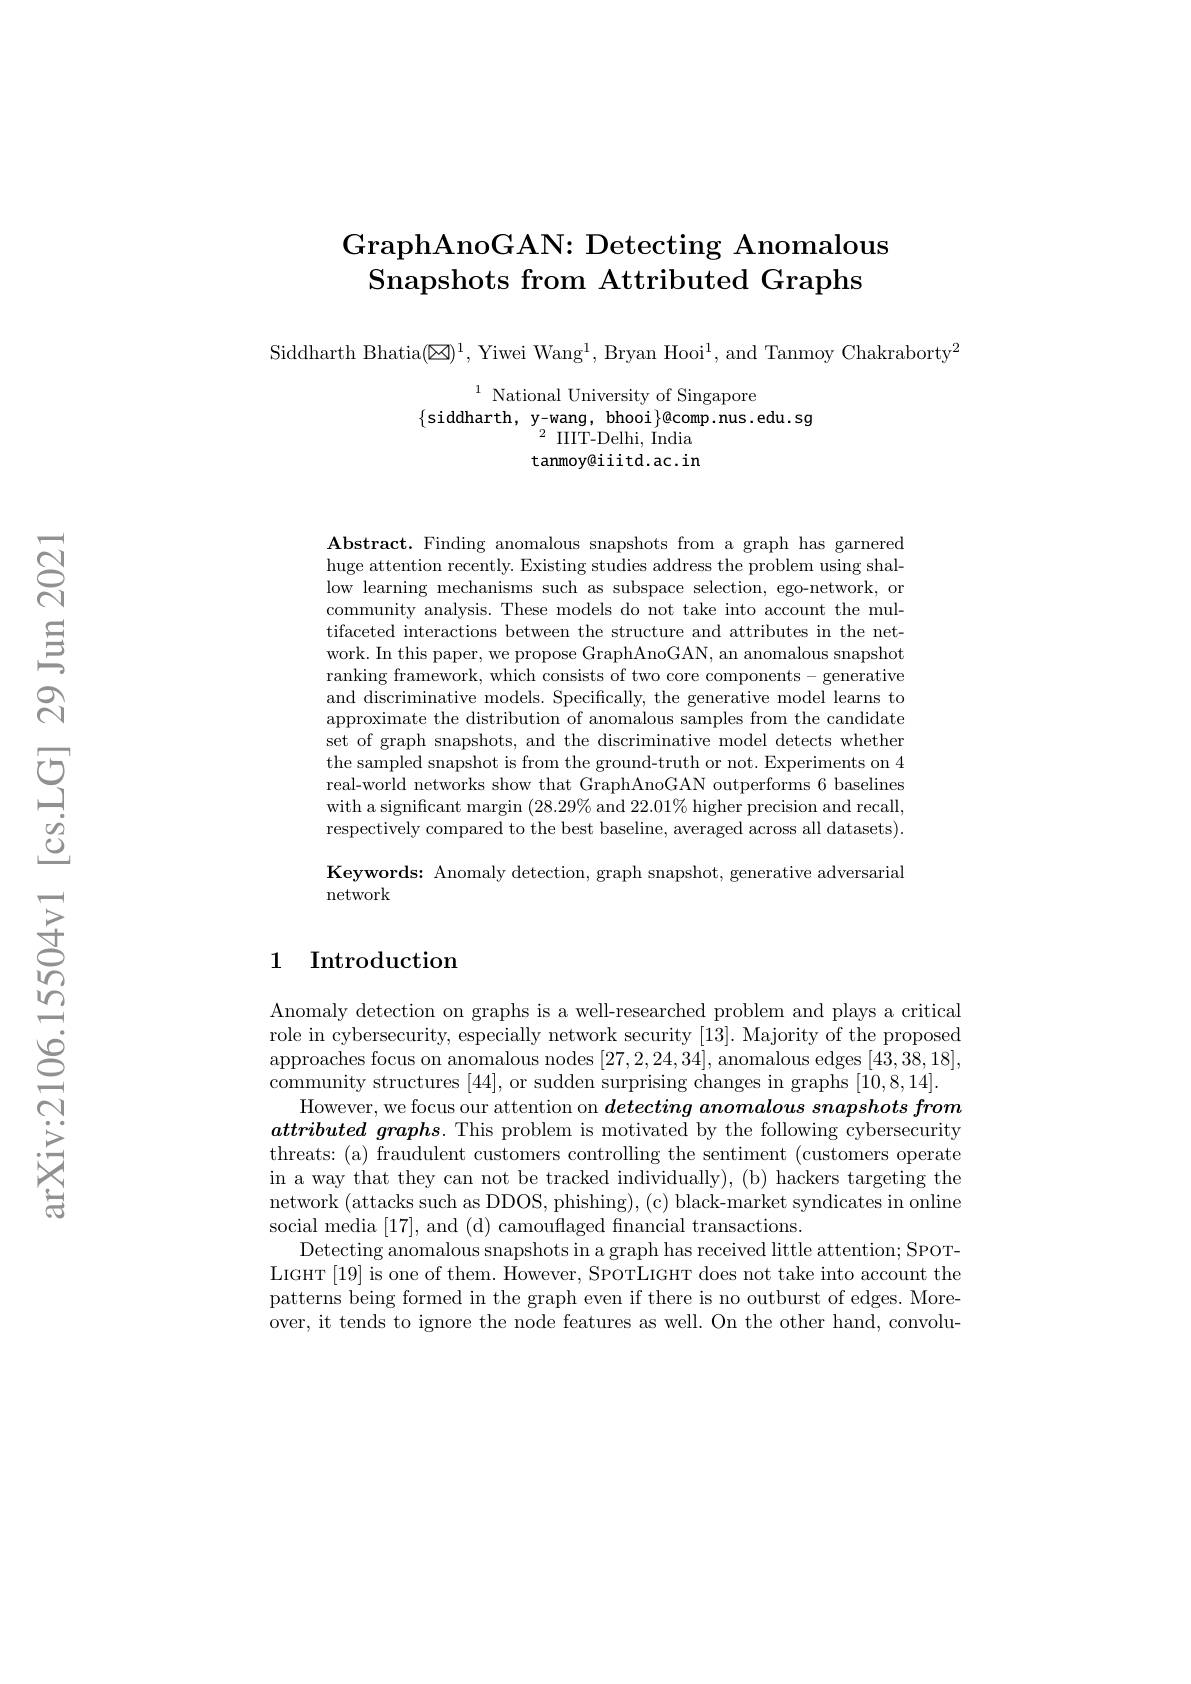
## GraphAnoGAN: Detecting Anomalous Snapshots from Attributed Graphs

Siddharth Bhatia$(\boxtimes)^1$, Yiwei Wang$^1,\text{Bryan Hooi}^1$, and Tanmoy Chakraborty$^2$

$\{$siddharth, y-wang, bhooi$\}$@comp.nus.edu.sg$\{$siddharth, y-wang, bhooi$\}$@comp.nus.edu.sg$\{$siddharth, y-wang, bhooi$\}$@comp.nus.edu.sg$\{$Siddharth, y-wang, bhooi$\}$@comp.nus.edu.sg$\{$siddharth, y-wang, bhooi$\}$@comp.nus.edu.sg$\{$siddnarth, y-wang, bh
tanmoy@iiitd.ac.in

Abstract. Finding anomalous snapshots from a graph has garnered huge attention recently. Existing studies address the problem using shallow learning mechanisms such as subspace selection, ego-network, or community analysis. These models do not take into account the multifaceted interactions between the structure and attributes in the network. In this paper, we propose GraphAnoGAN, an anomalous snapshot ranking framework, which consists of two core components - generative and discriminative models. Specifically, the generative model learns to approximate the distribution of anomalous samples from the candidate set of graph snapshots, and the discriminative model detects whether the sampled snapshot is from the ground-truth or not. Experiments on 4 real-world networks show that GraphAnoGAN outperforms 6 baselines with a significant margin $(28.29\%$ and $22.01\%$ higher precision and recall, respectively compared to the best baseline, averaged across all datasets). Keywords: Anomaly detection, graph snapshot, generative adversarial network

## 1 Introduction

Anomaly detection on graphs is a well-researched problem and plays a critical role in cybersecurity, especially network security [13]. Majority of the proposed approaches focus on anomalous nodes [27,2,24,34], anomalous edges [43,38,18], community structures [44], or sudden surprising changes in graphs [10,8,14].
However, we focus our attention on detecting anomalous snapshots from attributed graphs. This problem is motivated by the following cybersecurity threats: (a) fraudulent customers controlling the sentiment (customers operate in a way that they can not be tracked individually), (b) hackers targeting the network (attacks such as DDOS, phishing),(c) black-market syndicates in online social media [17], and (d) camouflaged fnancial transactions.
Detecting anomalous snapshots in a graph has received little attention; SPOTLIGHT [19] is one of them. However, SPOTLIGHT does not take into account the patterns being formed in the graph even if there is no outburst of edges. Moreover, it tends to ignore the node features as well. On the other hand, convolu-